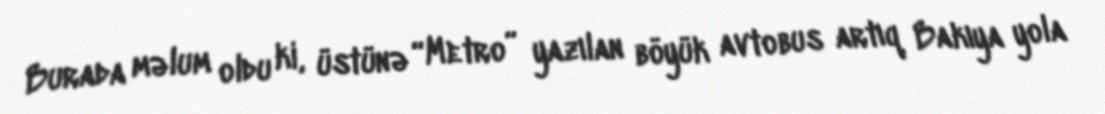
Burada məlum oldu ki, üstünə “Metro” yazılan böyük avtobus artıq Bakıya yola